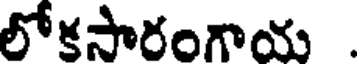
లోకసారంగాయ .